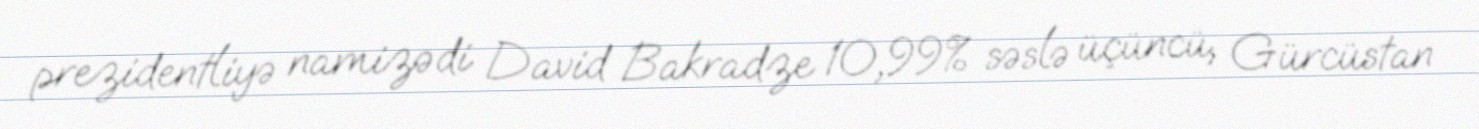
prezidentliyə namizədi David Bakradze 10,99% səslə üçüncü, Gürcüstan